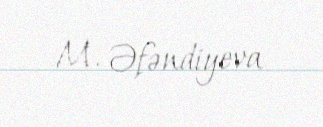
M. Əfəndiyeva